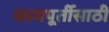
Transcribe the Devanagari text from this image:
कामपूर्तीसाठी